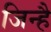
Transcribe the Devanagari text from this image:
जिन्है